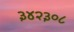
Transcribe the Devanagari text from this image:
३४२३०८